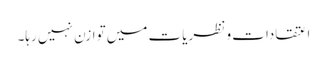
اعتقادات و نظریات میں توازن نہیں رہا۔